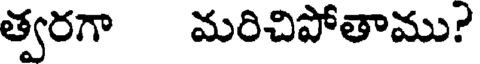
త్వరగా మరిచిపోతాము?